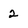
Character: 2